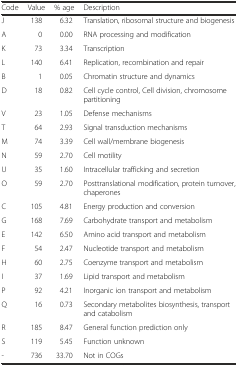
<table><thead><tr><td><b>Code</b></td><td><b>Value</b></td><td><b>% age</b></td><td><b>Description</b></td></tr></thead><tbody><tr><td>J</td><td>138</td><td>6.32</td><td>Translation, ribosomal structure and biogenesis</td></tr><tr><td>A</td><td>0</td><td>0.00</td><td>RNA processing and modification</td></tr><tr><td>K</td><td>73</td><td>3.34</td><td>Transcription</td></tr><tr><td>L</td><td>140</td><td>6.41</td><td>Replication, recombination and repair</td></tr><tr><td>B</td><td>1</td><td>0.05</td><td>Chromatin structure and dynamics</td></tr><tr><td>D</td><td>18</td><td>0.82</td><td>Cell cycle control, Cell division, chromosome partitioning</td></tr><tr><td>V</td><td>23</td><td>1.05</td><td>Defense mechanisms</td></tr><tr><td>T</td><td>64</td><td>2.93</td><td>Signal transduction mechanisms</td></tr><tr><td>M</td><td>74</td><td>3.39</td><td>Cell wall/membrane biogenesis</td></tr><tr><td>N</td><td>59</td><td>2.70</td><td>Cell motility</td></tr><tr><td>U</td><td>35</td><td>1.60</td><td>Intracellular trafficking and secretion</td></tr><tr><td>O</td><td>59</td><td>2.70</td><td>Posttranslational modification, protein turnover, chaperones</td></tr><tr><td>C</td><td>105</td><td>4.81</td><td>Energy production and conversion</td></tr><tr><td>G</td><td>168</td><td>7.69</td><td>Carbohydrate transport and metabolism</td></tr><tr><td>E</td><td>142</td><td>6.50</td><td>Amino acid transport and metabolism</td></tr><tr><td>F</td><td>54</td><td>2.47</td><td>Nucleotide transport and metabolism</td></tr><tr><td>H</td><td>60</td><td>2.75</td><td>Coenzyme transport and metabolism</td></tr><tr><td>I</td><td>37</td><td>1.69</td><td>Lipid transport and metabolism</td></tr><tr><td>P</td><td>92</td><td>4.21</td><td>Inorganic ion transport and metabolism</td></tr><tr><td>Q</td><td>16</td><td>0.73</td><td>Secondary metabolites biosynthesis, transport and catabolism</td></tr><tr><td>R</td><td>185</td><td>8.47</td><td>General function prediction only</td></tr><tr><td>S</td><td>119</td><td>5.45</td><td>Function unknown</td></tr><tr><td>-</td><td>736</td><td>33.70</td><td>Not in COGs</td></tr></tbody></table>